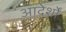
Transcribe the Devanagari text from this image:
आदेर्शों